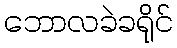
ဘောလခဲခရိုင်